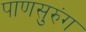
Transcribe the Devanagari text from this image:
पाणसुरुंग